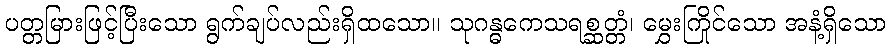
ပတ္တမြားဖြင့်ပြီးသော ရွက်ချပ်လည်းရှိထသော။ သုဂန္ဓကေသရစ္ဆတ္တံ၊ မွှေးကြိုင်သော အနံ့ရှိသော